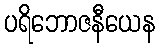
ပရိဘောဇနီယေန